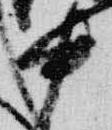
中